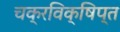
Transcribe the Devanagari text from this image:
चक्रविक्षिप्त